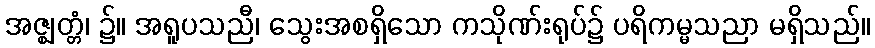
အဇ္ဈတ္တံ၊ ၌။ အရူပသညီ၊ သွေးအစရှိသော ကသိုဏ်းရုပ်၌ ပရိကမ္မသညာ မရှိသည်။